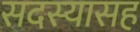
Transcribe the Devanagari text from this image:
सदस्यासह